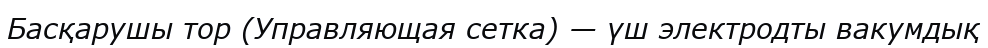
Басқарушы тор (Управляющая сетка) — үш электродты вакумдық